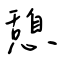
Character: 憩